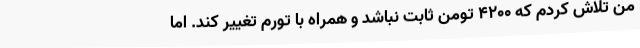
من تلاش کردم که ۴۲۰۰ تومن ثابت نباشد و همراه با تورم تغییر کند. اما